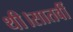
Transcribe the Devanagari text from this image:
थी।सातवीं